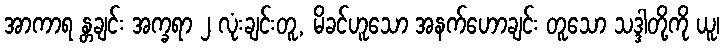
အာကာရ န္တချင်း အက္ခရာ ၂ လုံးချင်းတူ, မိခင်ဟူသော အနက်ဟောချင်း တူသော သဒ္ဒါတို့ကို ယူ၊